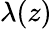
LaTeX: \lambda(z)